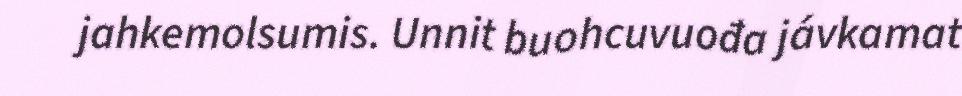
jahkemolsumis. Unnit buohcuvuođa jávkamat